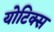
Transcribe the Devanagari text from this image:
योटिक्स